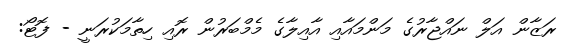
ރަޒާން އަލް ނައްޖާރުގެ މަންމައާއި އާއިލާގެ މެމްބަރުން ރޮއި ހިތާމަކުރަނީ - ފޮޓޯ: